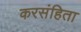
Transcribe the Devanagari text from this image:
करसंहिता